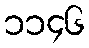
၁၁၄၆